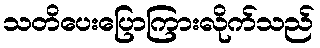
သတိပေးပြောကြားလိုက်သည်